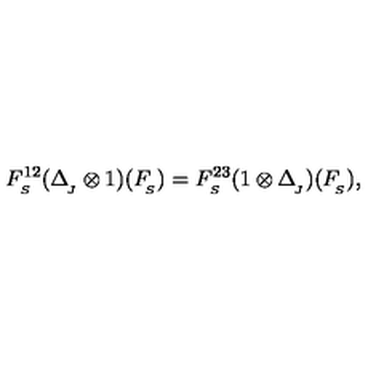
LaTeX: F _ { _ { S } } ^ { 1 2 } ( \Delta _ { _ { \! J } } ^ { } \otimes 1 ) ( F _ { _ { \! S } } ^ { } ) = F _ { _ { S } } ^ { 2 3 } ( 1 \otimes \Delta _ { _ { \! J } } ^ { } ) ( F _ { _ { \! S } } ^ { } ) ,